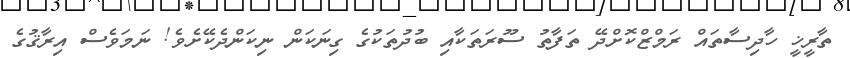
ތާރީޚީ ހާދިސާތައް ރަމްޒްކޮށްދޭ ތަފާތު ސޫރަތަކާއި ބުދުތަކުގެ ގިނަކަން ނިކަންދެކޭށެވެ! ނަމަވެސް އިރާޤުގެ